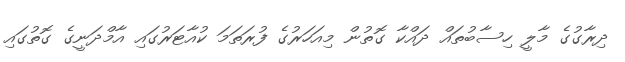
ދިރާގުގެ މާލީ ހިސާބުތައް ދައްކާ ގޮތުން މިއަހަރުގެ ފުރަތަމަ ކުއާޓަރުގައި އާމްދަނީގެ ގޮތުގައި